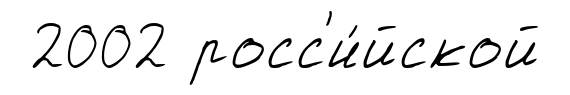
2002 росс'и́йской